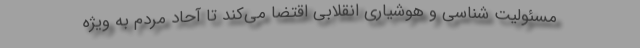
مسئولیت‌ شناسی و هوشیاری انقلابی اقتضا می‌کند تا آحاد مردم به ویژه